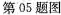
第05题图